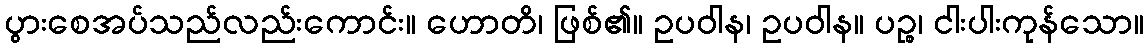
ပွားစေအပ်သည်လည်းကောင်း။ ဟောတိ၊ ဖြစ်၏။ ဥပဝါန၊ ဥပဝါန။ ပဉ္စ၊ ငါးပါးကုန်သော။